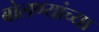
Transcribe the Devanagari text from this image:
बोलण्यांच्या